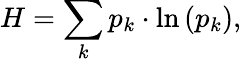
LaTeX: H=\sum_{k}p_{k}\cdot\ln\left(p_{k}\right),